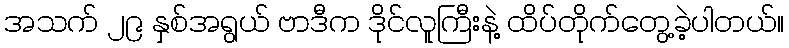
အသက် ၂၉ နှစ်အရွယ် ဗာဒီက ဒိုင်လူကြီးနဲ့ ထိပ်တိုက်တွေ့ခဲ့ပါတယ်။